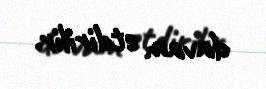
davam etdirilir.